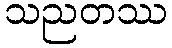
သညတဿ